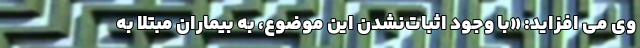
وی می افزاید: «با وجود اثبات‌نشدن این موضوع، به بیماران مبتلا به